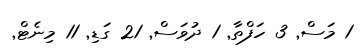
1 މަސް